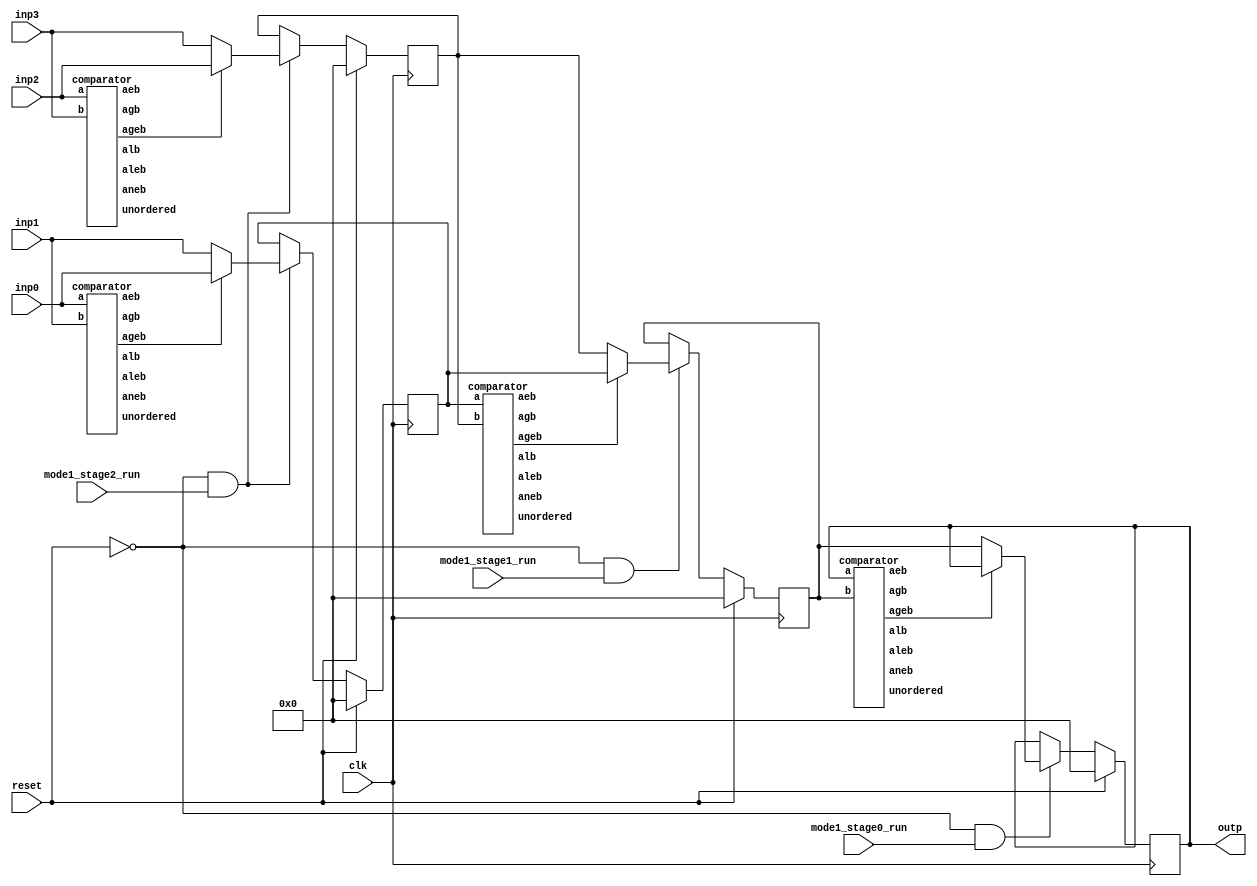
`define SIMULATION_MEMORY
//`define SIMULATION_addfp
`define VECTOR_DEPTH 64 //Q,K,V vector size
`define DATA_WIDTH 16
`define VECTOR_BITS 1024 // 16 bit each (16x64)
`define NUM_WORDS 32   //num of words in the sentence
`define BUF_AWIDTH 4 //16 entries in each buffer ram
`define BUF_LOC_SIZE 4 //4 words in each addr location
`define OUT_RAM_DEPTH 512 //512 entries in output bram
`define EXPONENT 8
`define MANTISSA 7
`define EXPONENT 5
`define MANTISSA 10
`define SIGN 1
`define DWIDTH (`SIGN+`EXPONENT+`MANTISSA)
`define DEFINES_DONE
`define DATAWIDTH (`SIGN+`EXPONENT+`MANTISSA)
`define IEEE_COMPLIANCE 1
`define NUM 4
`define ADDRSIZE 4

module mode1_max_tree(
  inp0, 
  inp1, 
  inp2, 
  inp3, 
 
  mode1_stage2_run,
  mode1_stage1_run,
  mode1_stage0_run,
  clk,
  reset,
  outp

);

  input  [`DATAWIDTH-1 : 0] inp0; 
  input  [`DATAWIDTH-1 : 0] inp1; 
  input  [`DATAWIDTH-1 : 0] inp2; 
  input  [`DATAWIDTH-1 : 0] inp3; 

  input mode1_stage2_run;
  input mode1_stage1_run;	
  input mode1_stage0_run;
  input clk;
  input reset;

  output reg [`DATAWIDTH-1 : 0] outp;

  wire   [`DATAWIDTH-1 : 0] cmp0_out_stage2;
  wire   [`DATAWIDTH-1 : 0] cmp1_out_stage2;
  wire   [`DATAWIDTH-1 : 0] cmp0_out_stage1;
  wire   [`DATAWIDTH-1 : 0] cmp0_out_stage0;

  reg   [`DATAWIDTH-1 : 0] cmp0_out_stage2_reg;
  reg   [`DATAWIDTH-1 : 0] cmp1_out_stage2_reg;
  reg   [`DATAWIDTH-1 : 0] cmp0_out_stage1_reg;
  
  always @(posedge clk) begin
    if (reset) begin
      outp <= 0;
    end

    else if(~reset && mode1_stage0_run) begin
      outp <= cmp0_out_stage0;
    end

  end

wire cmp0_stage2_aeb;
wire cmp0_stage2_aneb;
wire cmp0_stage2_alb;
wire cmp0_stage2_aleb;
wire cmp0_stage2_agb;
wire cmp0_stage2_ageb;
wire cmp0_stage2_unordered;

wire cmp1_stage2_aeb;
wire cmp1_stage2_aneb;
wire cmp1_stage2_alb;
wire cmp1_stage2_aleb;
wire cmp1_stage2_agb;
wire cmp1_stage2_ageb;
wire cmp1_stage2_unordered;

wire cmp0_stage1_aeb;
wire cmp0_stage1_aneb;
wire cmp0_stage1_alb;
wire cmp0_stage1_aleb;
wire cmp0_stage1_agb;
wire cmp0_stage1_ageb;
wire cmp0_stage1_unordered;

wire cmp0_stage0_aeb;
wire cmp0_stage0_aneb;
wire cmp0_stage0_alb;
wire cmp0_stage0_aleb;
wire cmp0_stage0_agb;
wire cmp0_stage0_ageb;
wire cmp0_stage0_unordered;

comparator cmp0_stage2(.a(inp0),       .b(inp1),        .aeb(cmp0_stage2_aeb), .aneb(cmp0_stage2_aneb), .alb(cmp0_stage2_alb), .aleb(cmp0_stage2_aleb), .agb(cmp0_stage2_agb), .ageb(cmp0_stage2_ageb), .unordered(cmp0_stage2_unordered));
assign cmp0_out_stage2 = (cmp0_stage2_ageb==1'b1) ? inp0 : inp1;

comparator cmp1_stage2(.a(inp2),       .b(inp3),         .aeb(cmp1_stage2_aeb), .aneb(cmp1_stage2_aneb), .alb(cmp1_stage2_alb), .aleb(cmp1_stage2_aleb), .agb(cmp1_stage2_agb), .ageb(cmp1_stage2_ageb), .unordered(cmp1_stage2_unordered));   
assign cmp1_out_stage2 = (cmp1_stage2_ageb==1'b1) ? inp2 : inp3;

always @(posedge clk) begin
	if (reset) begin
		cmp0_out_stage2_reg <= 16'b0;
		cmp1_out_stage2_reg <= 16'b0;
	end
	else if (~reset && mode1_stage2_run) begin
		cmp0_out_stage2_reg <= cmp0_out_stage2;
		cmp1_out_stage2_reg <= cmp1_out_stage2;
	end
end

comparator cmp0_stage1(.a(cmp0_out_stage2_reg),       .b(cmp1_out_stage2_reg),          .aeb(cmp0_stage1_aeb), .aneb(cmp0_stage1_aneb), .alb(cmp0_stage1_alb), .aleb(cmp0_stage1_aleb), .agb(cmp0_stage1_agb), .ageb(cmp0_stage1_ageb), .unordered(cmp0_stage1_unordered));
assign cmp0_out_stage1 = (cmp0_stage1_ageb==1'b1) ? cmp0_out_stage2_reg: cmp1_out_stage2_reg;

always @(posedge clk) begin
	if (reset) begin
		cmp0_out_stage1_reg <= 16'b0;
	end
	else if (~reset && mode1_stage1_run) begin
		cmp0_out_stage1_reg <= cmp0_out_stage1;

	end
end

comparator cmp0_stage0(.a(outp),       .b(cmp0_out_stage1_reg),         .aeb(cmp0_stage0_aeb), .aneb(cmp0_stage0_aneb), .alb(cmp0_stage0_alb), .aleb(cmp0_stage0_aleb), .agb(cmp0_stage0_agb), .ageb(cmp0_stage0_ageb), .unordered(cmp0_stage0_unordered));
assign cmp0_out_stage0 = (cmp0_stage0_ageb==1'b1) ? outp : cmp0_out_stage1_reg;

//DW_fp_cmp #(`MANTISSA, `EXPONENT, `IEEE_COMPLIANCE) cmp0_stage2(.a(inp0),       .b(inp1),      .z1(cmp0_out_stage2), .zctr(1'b0), .aeqb(), .altb(), .agtb(), .unordered(), .z0(), .status0(), .status1());
//DW_fp_cmp #(`MANTISSA, `EXPONENT, `IEEE_COMPLIANCE) cmp1_stage2(.a(inp2),       .b(inp3),      .z1(cmp1_out_stage2), .zctr(1'b0), .aeqb(), .altb(), .agtb(), .unordered(), .z0(), .status0(), .status1());
//
//DW_fp_cmp #(`MANTISSA, `EXPONENT, `IEEE_COMPLIANCE) cmp0_stage1(.a(cmp0_out_stage2),       .b(cmp1_out_stage2),      .z1(cmp0_out_stage1), .zctr(1'b0), .aeqb(), .altb(), .agtb(), .unordered(), .z0(), .status0(), .status1());
//
//DW_fp_cmp #(`MANTISSA, `EXPONENT, `IEEE_COMPLIANCE) cmp0_stage0(.a(outp),       .b(cmp0_out_stage1),      .z1(cmp0_out_stage0), .zctr(1'b0), .aeqb(), .altb(), .agtb(), .unordered(), .z0(), .status0(), .status1());

endmodule
module comparator(
a,
b,
aeb,
aneb,
alb,
aleb,
agb,
ageb,
unordered
);

input [15:0] a;
input [15:0] b;
output aeb;
output aneb;
output alb;
output aleb;
output agb;
output ageb;
output unordered;

  

reg lt;
reg eq;
reg gt;

wire [15:0] a_t;
wire [15:0] b_t;

assign a_t = (~a[15:0])+1;
assign b_t = (~b[15:0])+1;

always @(*) begin
	if (a[15] == 1'b0 && b[15] == 1'b1) begin
		if (a != b) begin
		eq = 1'b0;
		lt = 1'b0;
		gt = 1'b1;
		end
		else begin
		eq = 1'b1;
		lt = 1'b0;
		gt = 1'b0;
		end
	end
	else if (a[15] == 1'b1 && b[15] == 1'b0) begin
		if (a != b) begin
		lt = 1'b1;
		gt = 1'b0;
		eq = 1'b0;
		end
		else begin
		lt = 1'b0;
		gt = 1'b0;
		eq = 1'b1;
		end
	end
	else if (a[15] == 1'b0 && b[15] == 1'b0) begin
		if (a > b) begin
		lt = 1'b0;
		gt = 1'b1;
		eq = 1'b0;
		end
		else if (a < b) begin
		lt = 1'b1;
		gt = 1'b0;
		eq = 1'b0;
		end
		else begin
		lt = 1'b0;
		gt = 1'b0;
		eq = 1'b1;
		end
	end
	else if (a[15] == 1'b1 && b[15] == 1'b1) begin
		if (a_t > b_t) begin
		lt = 1'b1;
		gt = 1'b0;
		eq = 1'b0;
		end
		else if (a_t < b_t) begin
		lt = 1'b0;
		gt = 1'b1;
		eq = 1'b0;
		end
		else begin
		lt = 1'b0;
		gt = 1'b0;
		eq = 1'b1;
		end
	end
end


//Result flags
assign aeb = eq;
assign aneb = ~eq;
assign alb = lt;
assign aleb = lt | eq;
assign agb = gt;
assign ageb = gt | eq;

endmodule